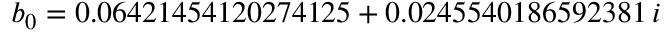
b _ { 0 } = 0 . 0 6 4 2 1 4 5 4 1 2 0 2 7 4 1 2 5 + 0 . 0 2 4 5 5 4 0 1 8 6 5 9 2 3 8 1 \, i